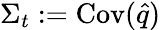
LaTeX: \Sigma_{t}:=\operatorname*{Cov}(\hat{q})